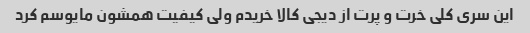
این سری کلی خرت و پرت از دیجی کالا خریدم ولی کیفیت همشون مایوسم کرد